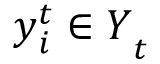
{ \boldsymbol { y } _ { i } ^ { t } \in \boldsymbol { Y } } _ { t }